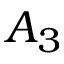
A _ { 3 }